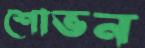
শোভন